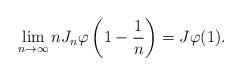
LaTeX: \begin{align*} \lim_{n\to\infty} n J_n \varphi\left(1-\frac 1n\right) = J\varphi(1).\end{align*}